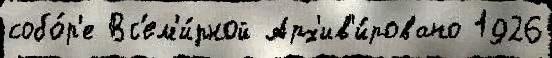
собо́р'е Вс'ем'и́рной Арх'ив'и́ровано 1926